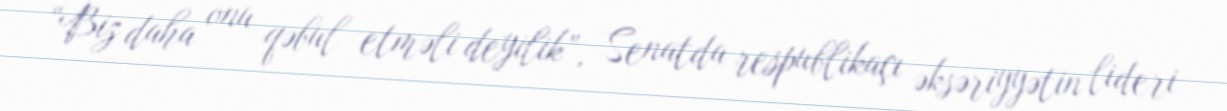
“Biz daha onu qəbul etməli deyilik”, Senatda respublikaçı əksəriyyətin lideri